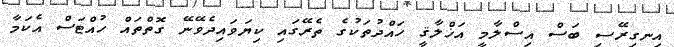
އިނގިރޭސި ބަސް އިސްލާމީ އަޚްލާޤީ ހައްދުތަކުގެ ތެރޭގައި ކިޔަވައިދެވޭނޭ ގޮތްތައް ހުއްޓަސް އެކަމާ